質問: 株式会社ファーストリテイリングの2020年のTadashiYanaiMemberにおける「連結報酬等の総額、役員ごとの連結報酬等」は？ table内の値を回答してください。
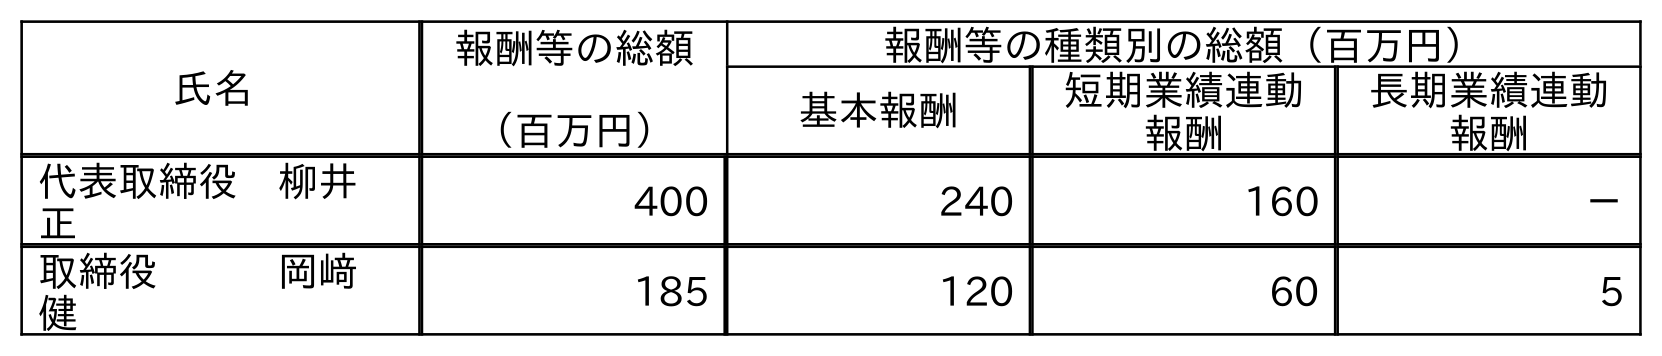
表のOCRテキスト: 氏名 報酬等の総額 （百万円） 報酬等の種類別の総額（百万円） 基本報酬 短期業績連動 報酬 長期業績連動 報酬 代表取締役 柳井  正 400 240 160 － 取締役   岡﨑  健 185 120 60 5
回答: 400